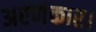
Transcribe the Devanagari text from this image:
अरणंकार।